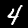
Label: 4